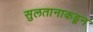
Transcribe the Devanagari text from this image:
सुलतानाकडून